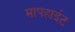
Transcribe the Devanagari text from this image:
मापहाईट